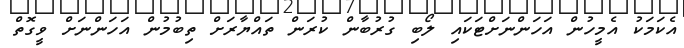
އެކަމަކު އެމީހުން އަހަންނަށްޓަކައި ލޯބި ގުރުބާން ކުރަން ތައްޔާރަށް ތިބުމުން އަހަންނަށް ވީގޮތް